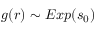
g ( r ) \sim E x p ( s _ { 0 } )